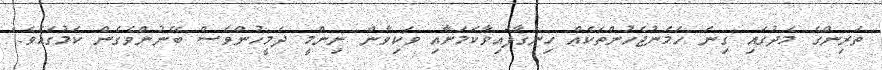
ތަރިންގެ މެދުގައި ގިނަ ހަމަނުޖެހުންތަކެއް ހިނގާފައިވާކަމަށާއި ވަކިވާން ނިންމީ ދެމީހުންވެސް ބޭނުންވެގެން ކަމުގައެވެ."